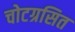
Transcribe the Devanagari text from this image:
चोटग्रसित